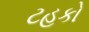
ટહૂકો